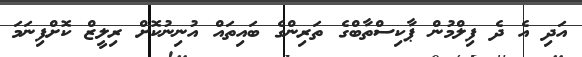
އަދި އެ ދެ ފިލްމުން ޕާކިސްތާބްގެ ތަރިންގެ ބައިތައް އުނިނުކޮށް ރިލީޒް ކޮށްފިނަމަ